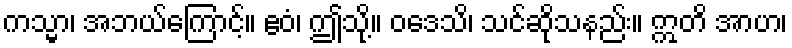
ကသ္မာ၊ အဘယ်ကြောင့်။ ဧဝံ၊ ဤသို့။ ဝဒေသိ၊ သင်ဆိုသနည်း။ ဣတိ အာဟ၊